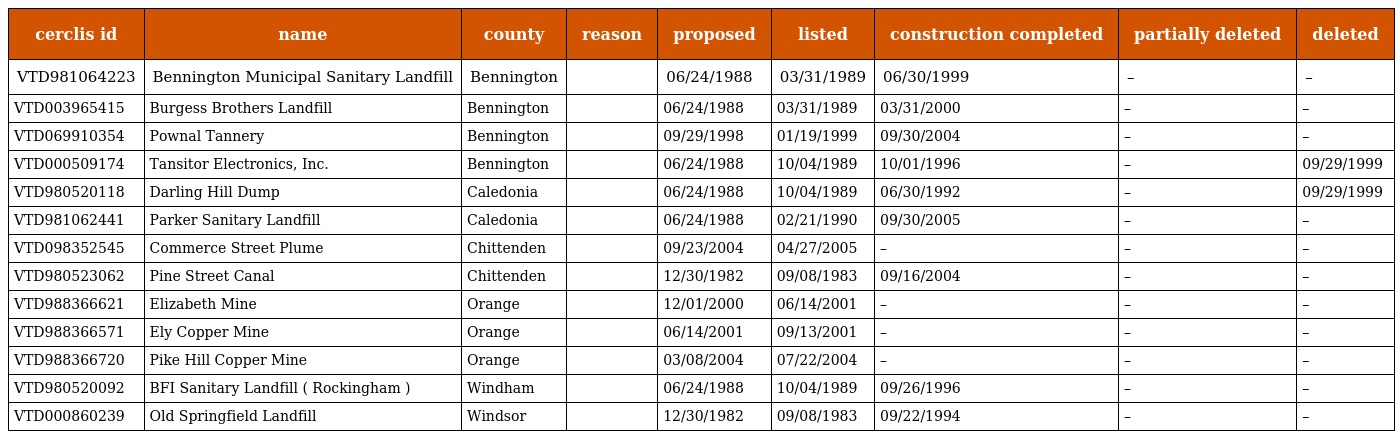
| cerclis id | name | county | reason | proposed | listed | construction completed | partially deleted | deleted |
 | --- | --- | --- | --- | --- | --- | --- | --- | --- |
 | VTD981064223 | Bennington Municipal Sanitary Landfill | Bennington |  | 06/24/1988 | 03/31/1989 | 06/30/1999 | – | – |
 | VTD003965415 | Burgess Brothers Landfill | Bennington |  | 06/24/1988 | 03/31/1989 | 03/31/2000 | – | – |
 | VTD069910354 | Pownal Tannery | Bennington |  | 09/29/1998 | 01/19/1999 | 09/30/2004 | – | – |
 | VTD000509174 | Tansitor Electronics, Inc. | Bennington |  | 06/24/1988 | 10/04/1989 | 10/01/1996 | – | 09/29/1999 |
 | VTD980520118 | Darling Hill Dump | Caledonia |  | 06/24/1988 | 10/04/1989 | 06/30/1992 | – | 09/29/1999 |
 | VTD981062441 | Parker Sanitary Landfill | Caledonia |  | 06/24/1988 | 02/21/1990 | 09/30/2005 | – | – |
 | VTD098352545 | Commerce Street Plume | Chittenden |  | 09/23/2004 | 04/27/2005 | – | – | – |
 | VTD980523062 | Pine Street Canal | Chittenden |  | 12/30/1982 | 09/08/1983 | 09/16/2004 | – | – |
 | VTD988366621 | Elizabeth Mine | Orange |  | 12/01/2000 | 06/14/2001 | – | – | – |
 | VTD988366571 | Ely Copper Mine | Orange |  | 06/14/2001 | 09/13/2001 | – | – | – |
 | VTD988366720 | Pike Hill Copper Mine | Orange |  | 03/08/2004 | 07/22/2004 | – | – | – |
 | VTD980520092 | BFI Sanitary Landfill ( Rockingham ) | Windham |  | 06/24/1988 | 10/04/1989 | 09/26/1996 | – | – |
 | VTD000860239 | Old Springfield Landfill | Windsor |  | 12/30/1982 | 09/08/1983 | 09/22/1994 | – | – |